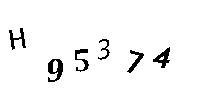
H95374